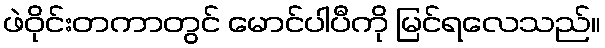
ဖဲဝိုင်းတကာတွင် မောင်ပါပီကို မြင်ရလေသည်။